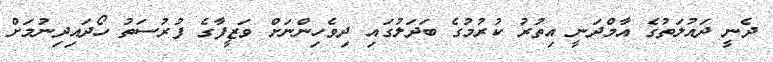
ދެނީ ދައުލަތުގެ އާމްދަނީ އިތުރު ކުރުމުގެ ބަދަލުގައި ދިވެހިންނަށް ވަޒީފާގެ ފުރުސަތު ހޯދައިދިނުމަށް